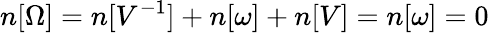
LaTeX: n[\Omega]=n[V^{-1}]+n[\omega]+n[V]=n[\omega]=0